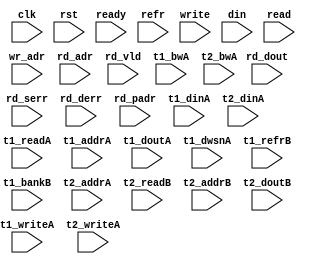
/*
 * Copyright (C) 2011 Memoir Systems Inc. These coded instructions, statements, and computer programs are
 * Confidential Proprietary Information of Memoir Systems Inc. and may not be disclosed to third parties
 * or copied in any form, in whole or in part, without the prior written consent of Memoir Systems Inc.
 * */

module algo_1r1w_a21_sva_wrap
#(parameter IP_WIDTH = 32, parameter IP_BITWIDTH = 5, parameter IP_DECCBITS = 7, parameter IP_NUMADDR = 8192, parameter IP_BITADDR = 13, 
parameter IP_NUMVBNK = 4,	parameter IP_BITVBNK = 2, parameter IP_BITPBNK = 3,
parameter IP_ENAEXT = 0, parameter IP_ENAECC = 0, parameter IP_ENAPAR = 0, parameter IP_SECCBITS = 4, parameter IP_SECCDWIDTH = 3, 
parameter FLOPECC = 0, parameter FLOPIN = 0, parameter FLOPOUT = 0, parameter FLOPCMD = 0, parameter FLOPMEM = 0,
parameter IP_REFRESH = 1, parameter IP_REFFREQ = 6,  parameter IP_REFFRHF = 0,

parameter T1_WIDTH = 48, parameter T1_NUMVBNK = 8, parameter T1_BITVBNK = 3, parameter T1_DELAY = 2, parameter T1_NUMVROW = 4096, parameter T1_BITVROW = 12,
parameter T1_BITWSPF = 0, parameter T1_NUMWRDS = 2, parameter T1_BITWRDS = 1, parameter T1_NUMSROW = 2048, parameter T1_BITSROW = 11, parameter T1_PHYWDTH = 96,
parameter T1_NUMRBNK = 2, parameter T1_BITRBNK = 1, parameter T1_NUMRROW = 256, parameter T1_BITRROW = 8, parameter T1_NUMPROW = 4096, parameter T1_BITPROW = 12,
parameter T1_BITDWSN = 8, 
parameter T1_NUMDWS0 = 0, parameter T1_NUMDWS1 = 0, parameter T1_NUMDWS2 = 0, parameter T1_NUMDWS3 = 0,
parameter T1_NUMDWS4 = 0, parameter T1_NUMDWS5 = 0, parameter T1_NUMDWS6 = 0, parameter T1_NUMDWS7 = 0,
parameter T1_NUMDWS8 = 0, parameter T1_NUMDWS9 = 0, parameter T1_NUMDWS10 = 0, parameter T1_NUMDWS11 = 0,
parameter T1_NUMDWS12 = 0, parameter T1_NUMDWS13 = 0, parameter T1_NUMDWS14 = 0, parameter T1_NUMDWS15 = 0,

parameter T2_WIDTH = 60, parameter T2_NUMVBNK = 2, parameter T2_BITVBNK = 1, parameter T2_DELAY = 2, parameter T2_NUMVROW = 4096, parameter T2_BITVROW = 12, 
parameter T2_BITWSPF = 0, parameter T2_NUMWRDS = 1, parameter T2_BITWRDS = 0, parameter T2_NUMSROW = 4096, parameter T2_BITSROW = 12, parameter T2_PHYWDTH = 60
)
(clk, rst, ready, refr,
  write, wr_adr, din,
  read, rd_adr, rd_vld, rd_dout, rd_serr, rd_derr, rd_padr,
  t1_readA, t1_writeA, t1_addrA, t1_bwA, t1_dinA, t1_doutA, t1_dwsnA, t1_refrB, t1_bankB,
  t2_writeA, t2_addrA, t2_readB, t2_addrB, t2_bwA, t2_dinA, t2_doutB);

  parameter WIDTH = IP_WIDTH;
  parameter BITWDTH = IP_BITWIDTH;
  parameter ENAEXT = IP_ENAEXT;
  parameter ENAPAR = IP_ENAPAR;
  parameter ENAECC = IP_ENAECC;
  parameter ECCWDTH = IP_DECCBITS;
  parameter NUMADDR = IP_NUMADDR;
  parameter BITADDR = IP_BITADDR;
  parameter NUMVROW = T1_NUMVROW;   // ALGO Parameters
  parameter BITVROW = T1_BITVROW;
  parameter BITPROW = T1_BITPROW;
  parameter NUMVBNK = IP_NUMVBNK;
  parameter BITVBNK = IP_BITVBNK;
  parameter BITPBNK = IP_BITPBNK;
  parameter NUMWRDS = T1_NUMWRDS;      // ALIGN Parameters
  parameter BITWRDS = T1_BITWRDS;
  parameter NUMSROW = T1_NUMSROW;
  parameter BITSROW = T1_BITSROW;
  parameter REFRESH = IP_REFRESH;      // REFRESH Parameters
  parameter NUMRBNK = T1_NUMRBNK;
  parameter BITWSPF = T1_BITWSPF;
  parameter BITRBNK = T1_BITRBNK;
  parameter NUMRROW = T1_NUMRROW;
  parameter BITRROW = T1_BITRROW;
  parameter REFFREQ = IP_REFFREQ;
  parameter REFFRHF = IP_REFFRHF;
  parameter SRAM_DELAY = T2_DELAY;
  parameter DRAM_DELAY = T1_DELAY;
  parameter PHYWDTH = T1_PHYWDTH;
  parameter ECCBITS = IP_SECCBITS;
  
  parameter BITDWSN = T1_BITDWSN;		//DWSN Parameters
  parameter NUMDWS0 = T1_NUMDWS0;
  parameter NUMDWS1 = T1_NUMDWS1;
  parameter NUMDWS2 = T1_NUMDWS2;
  parameter NUMDWS3 = T1_NUMDWS3;
  parameter NUMDWS4 = T1_NUMDWS4;
  parameter NUMDWS5 = T1_NUMDWS5;
  parameter NUMDWS6 = T1_NUMDWS6;
  parameter NUMDWS7 = T1_NUMDWS7;
  parameter NUMDWS8 = T1_NUMDWS8;
  parameter NUMDWS9 = T1_NUMDWS9;
  parameter NUMDWS10 = T1_NUMDWS10;
  parameter NUMDWS11 = T1_NUMDWS11;
  parameter NUMDWS12 = T1_NUMDWS12;
  parameter NUMDWS13 = T1_NUMDWS13;
  parameter NUMDWS14 = T1_NUMDWS14;
  parameter NUMDWS15 = T1_NUMDWS15;

  parameter BITPADR = BITPBNK+BITSROW+BITWRDS+1;
  parameter SDOUT_WIDTH = 2*(BITVBNK+1)+ECCBITS;

  input                                refr;

  input                                write;
  input [BITADDR-1:0]                  wr_adr;
  input [WIDTH-1:0]                    din;

  input                                read;
  input [BITADDR-1:0]                  rd_adr;
  input                               rd_vld;
  input [WIDTH-1:0]                   rd_dout;
  input                               rd_serr;
  input                               rd_derr;
  input [BITPADR-1:0]                 rd_padr;

  input                               ready;
  input                                clk, rst;

  input [NUMVBNK-1:0] t1_readA;
  input [NUMVBNK-1:0] t1_writeA;
  input [NUMVBNK*BITSROW-1:0] t1_addrA;
  input [NUMVBNK*PHYWDTH-1:0] t1_bwA;
  input [NUMVBNK*PHYWDTH-1:0] t1_dinA;
  input  [NUMVBNK*PHYWDTH-1:0] t1_doutA;
  input [NUMVBNK*BITDWSN-1:0] t1_dwsnA;

  input [NUMVBNK-1:0] t1_refrB;
  input [NUMVBNK*BITRBNK-1:0] t1_bankB;

  input [2-1:0] t2_writeA;
  input [2*BITVROW-1:0] t2_addrA;
  input [2*(SDOUT_WIDTH+WIDTH)-1:0] t2_bwA;
  input [2*(SDOUT_WIDTH+WIDTH)-1:0] t2_dinA;

  input [2-1:0] t2_readB;
  input [2*BITVROW-1:0] t2_addrB;
  input [2*(SDOUT_WIDTH+WIDTH)-1:0] t2_doutB;

endmodule    //algo_1r1w_a21_sva_wrap